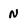
Character: N